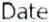
DATE